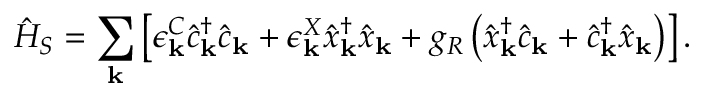
\hat { H } _ { S } = \sum _ { \bf k } \left[ \epsilon _ { { \bf k } } ^ { C } \hat { c } _ { { \bf k } } ^ { \dagger } \hat { c } _ { { \bf k } } + \epsilon _ { { \bf k } } ^ { X } \hat { x } _ { { \bf k } } ^ { \dagger } \hat { x } _ { { \bf k } } + g _ { R } \left( \hat { x } _ { { \bf k } } ^ { \dagger } \hat { c } _ { { \bf k } } + \hat { c } _ { { \bf k } } ^ { \dagger } \hat { x } _ { { \bf k } } \right) \right] .